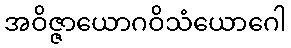
အဝိဇ္ဇာယောဂဝိသံယောဂေါ